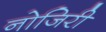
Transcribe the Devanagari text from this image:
नोजिरी